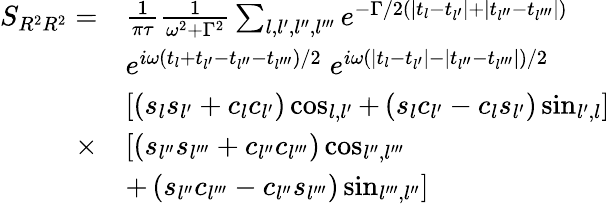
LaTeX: \begin{array}{rl}{S_{R^{2}R^{2}}=}&{\frac{1}{\pi\tau}\frac{1}{\omega^{2}+\Gamma^{2}}\sum_{l,l^{\prime},l^{\prime\prime},l^{\prime\prime\prime}}e^{-\Gamma/2\left(\left|t_{l}-t_{l^{\prime}}\right|+\mid t_{l^{\prime\prime}}-t_{l^{\prime\prime\prime}}\mid)\right.}}\\ &{e^{i\omega\left(t_{l}+t_{l^{\prime}}-t_{l^{\prime\prime}}-t_{l^{\prime\prime\prime}}\right)/2}\; e^{i\omega\left(\left|t_{l}-t_{l^{\prime}}\right|-\left|t_{l^{\prime\prime}}-t_{l^{\prime\prime\prime}}\right|\right)/2}}\\ &{\left[\left(s_{l}s_{l^{\prime}}+c_{l}c_{l^{\prime}}\right)\cos_{l,l^{\prime}}+\left(s_{l}c_{l^{\prime}}-c_{l}s_{l^{\prime}}\right)\sin_{l^{\prime},l}\right]}\\ {\times}&{\left[\left(s_{l^{\prime\prime}}s_{l^{\prime\prime\prime}}+c_{l^{\prime\prime}}c_{l^{\prime\prime\prime}}\right)\cos_{l^{\prime\prime},l^{\prime\prime\prime}}\right.}\\ &{+\left.\left(s_{l^{\prime\prime}}c_{l^{\prime\prime\prime}}-c_{l^{\prime\prime}}s_{l^{\prime\prime\prime}}\right)\sin_{l^{\prime\prime\prime},l^{\prime\prime}}\right]}\end{array}